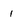
Character: 1